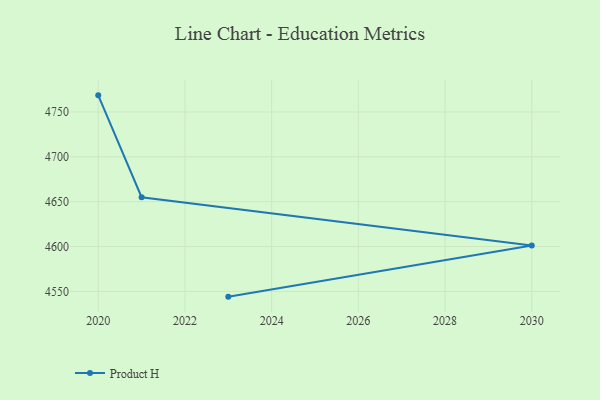
{"axis": {"x": "Year", "y": "Churn Rate (%)"}, "legend": ["Product H"], "data": [{"x": "2023", "y": 4544.1, "type": "Product H"}, {"x": "2030", "y": 4601.0, "type": "Product H"}, {"x": "2021", "y": 4654.9, "type": "Product H"}, {"x": "2020", "y": 4768.5, "type": "Product H"}]}